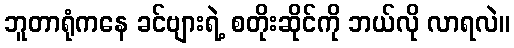
ဘူတာရုံကနေ ခင်ဗျားရဲ့ စတိုးဆိုင်ကို ဘယ်လို လာရလဲ။